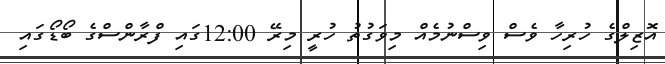
އޮޒިލްގެ ހުރިހާ ވެސް ވިސްނުމެއް މިވަގުތު ހުރީ މިރޭ 12:00ގައި ފްރާންސްގެ ބޯޑޯގައި